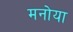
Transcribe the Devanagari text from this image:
मनोया